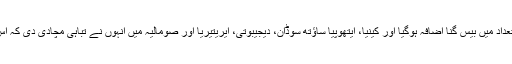
ان علاقوں میں بارش ہونے کے بعد سیٹیوں کی تعداد میں بیس گنا اضافہ ہوگیا اور کینیا، ایتھوپیا ساؤتھ سوڈان، دیجیبوتی، ایریتیریا اور صومالیہ میں انہوں نے تباہی مچادی دی کہ اس سال قحط جیسے حالات میں پیدا ہو سکتے ہیں۔